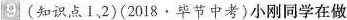
9 (知识点1，2)(2018·毕节中考)小刚同学在做